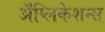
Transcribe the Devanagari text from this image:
अँप्लिकेशन्स